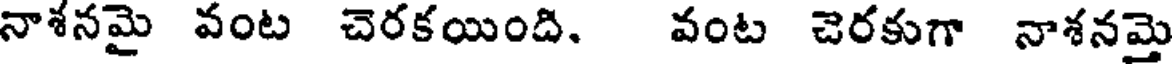
నాశనమై వంట చెరకయింది. వంట చెరకుగా నాశనమై